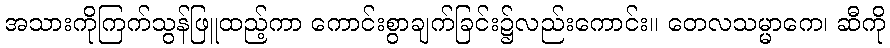
အသားကိုကြက်သွန်ဖြူထည့်ကာ ကောင်းစွာချက်ခြင်း၌လည်းကောင်း။ တေလသမ္မာကေ၊ ဆီကို